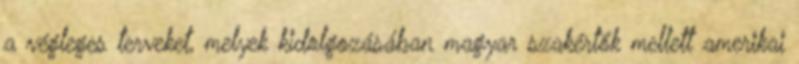
a végleges terveket, melyek kidolgozásában magyar szakértők mellett amerikai